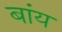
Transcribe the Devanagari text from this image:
बांय